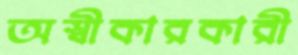
অস্বীকারকারী